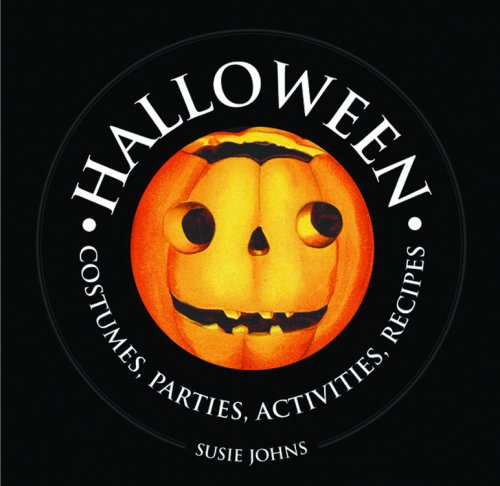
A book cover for Halloween: Costumes, Parties, Activities, Recipes (1000 Hints, Tips and Ideas); Susie Johns; Cookbooks, Food & Wine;